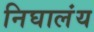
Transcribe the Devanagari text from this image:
निघालंंय